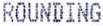
ROUNDING